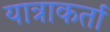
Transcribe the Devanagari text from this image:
यात्राकर्ता